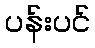
ပန်းပင်